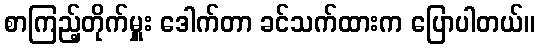
စာကြည့်တိုက်မှူး ဒေါက်တာ ခင်သက်ထားက ပြောပါတယ်။